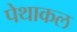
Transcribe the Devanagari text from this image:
पेथाकल